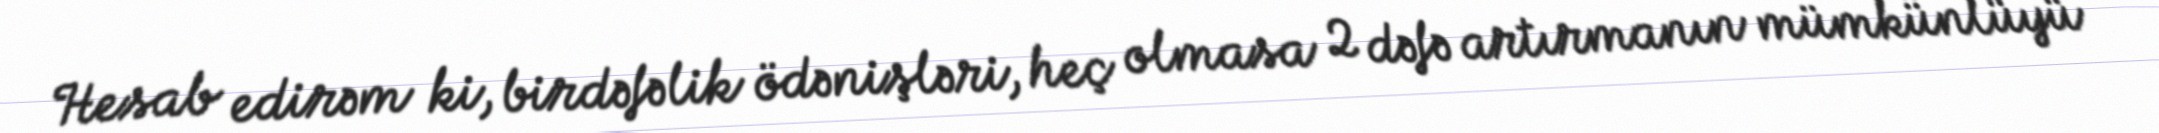
Hesab edirəm ki, birdəfəlik ödənişləri, heç olmasa 2 dəfə artırmanın mümkünlüyü